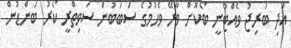
އަދި ބުރިޖު ވެއްޓުނީ ބޯކޮށް ވާރޭ ވެހުމުގެ ސަބަބުން ސަވިތްރީ ކޯރު ބަންޑުން